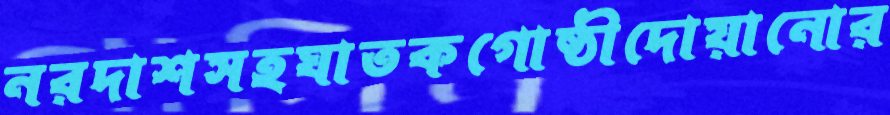
নরদাশসহঘাতকগোষ্ঠীদোয়ানোর